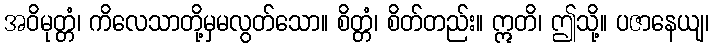
အဝိမုတ္တံ၊ ကိလေသာတို့မှမလွတ်သော။ စိတ္တံ၊ စိတ်တည်း။ ဣတိ၊ ဤသို့။ ပဇာနေယျ၊